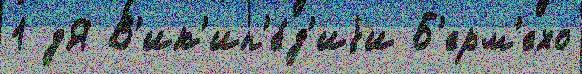
1 дЯ В'ик'ип'е́д'иjи Б'ерм'ехо